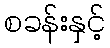
စခန်းနှင့်